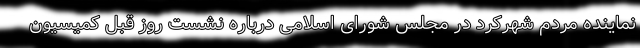
نماینده مردم شهرکرد در مجلس شورای اسلامی ‌درباره نشست روز قبل کمیسیون